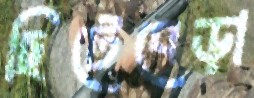
ছিটেবেড়া